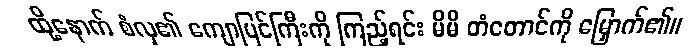
ထို့နောက် စံလှ၏ ကျောပြင်ကြီးကို ကြည့်ရင်း မိမိ တံတောင်ကို မြှောက်၏။